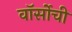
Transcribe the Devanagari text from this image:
वॉर्सोची